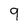
Character: 9